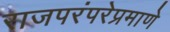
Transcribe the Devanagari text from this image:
राजपरंपरेप्रमाणे